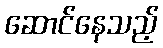
ဆောင်နေသည့်